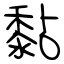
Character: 黏